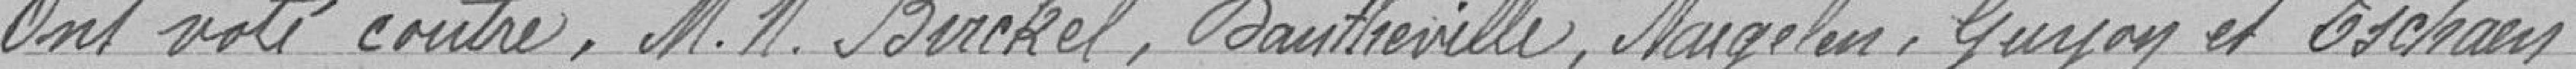
Ont voté contre, Messieurs Birckel, Dautherville, Naegelen, Guyon et Eschaen.